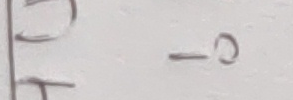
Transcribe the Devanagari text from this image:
-०